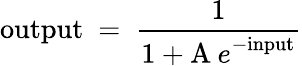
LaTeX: \mathrm{output}\ =\ {\frac{1}{1+{\mathrm A\: {e}}^{-\mathrm{input}}}}